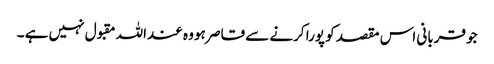
جو قربانی اس مقصد کو پورا کرنے سے قاصر ہو وہ عنداللہ مقبول نہیں ہے ۔